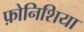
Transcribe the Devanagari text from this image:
फ़ोनिशिया